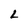
Character: L